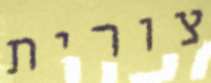
צורית